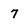
Character: 7